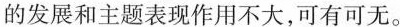
的发展和主题表现作用不大,可有可无。